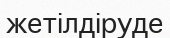
жетілдіруде